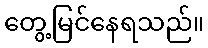
တွေ့မြင်နေရသည်။